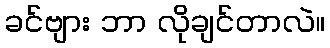
ခင်ဗျား ဘာ လိုချင်တာလဲ။